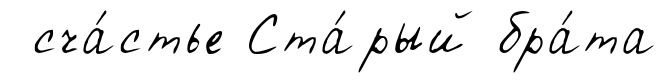
сча́стье Ста́рый бра́та